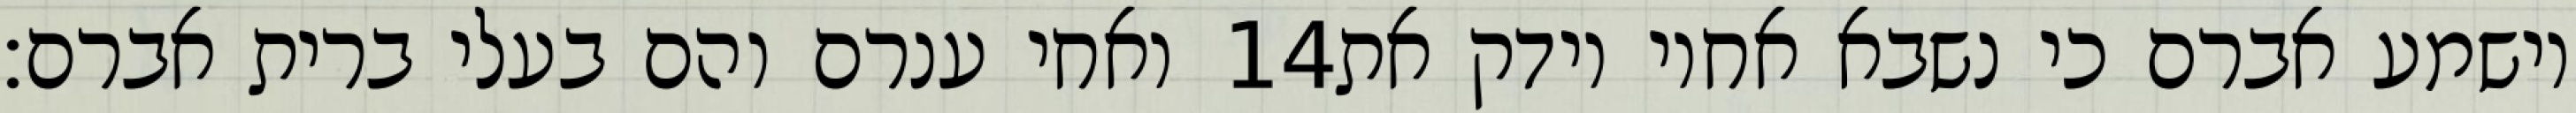
ואחי ענרם והם בעלי ברית אברם׃ ‎14‏ וישמע אברם כי נשבא אחיו וידק את